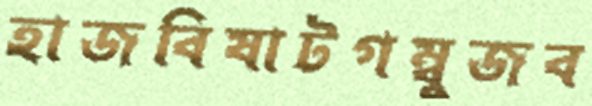
হাজবিষাটগম্বুজব